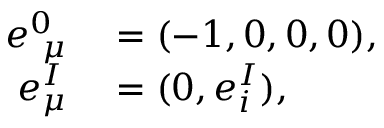
\begin{array} { r l } { e _ { ~ \mu } ^ { 0 } } & { { } = ( - 1 , 0 , 0 , 0 ) , } \\ { e _ { \mu } ^ { I } } & { { } = ( 0 , e _ { i } ^ { I } ) , } \end{array}